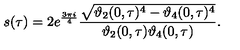
s ( \tau ) = 2 e ^ { \frac { 3 \pi i } { 4 } } \frac { \sqrt { \vartheta _ { 2 } ( 0 , \tau ) ^ { 4 } - \vartheta _ { 4 } ( 0 , \tau ) ^ { 4 } } } { \vartheta _ { 2 } ( 0 , \tau ) \vartheta _ { 4 } ( 0 , \tau ) } .